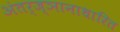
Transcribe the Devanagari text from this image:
अंतर्ज्ञानाधारित